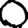
Digit: 0